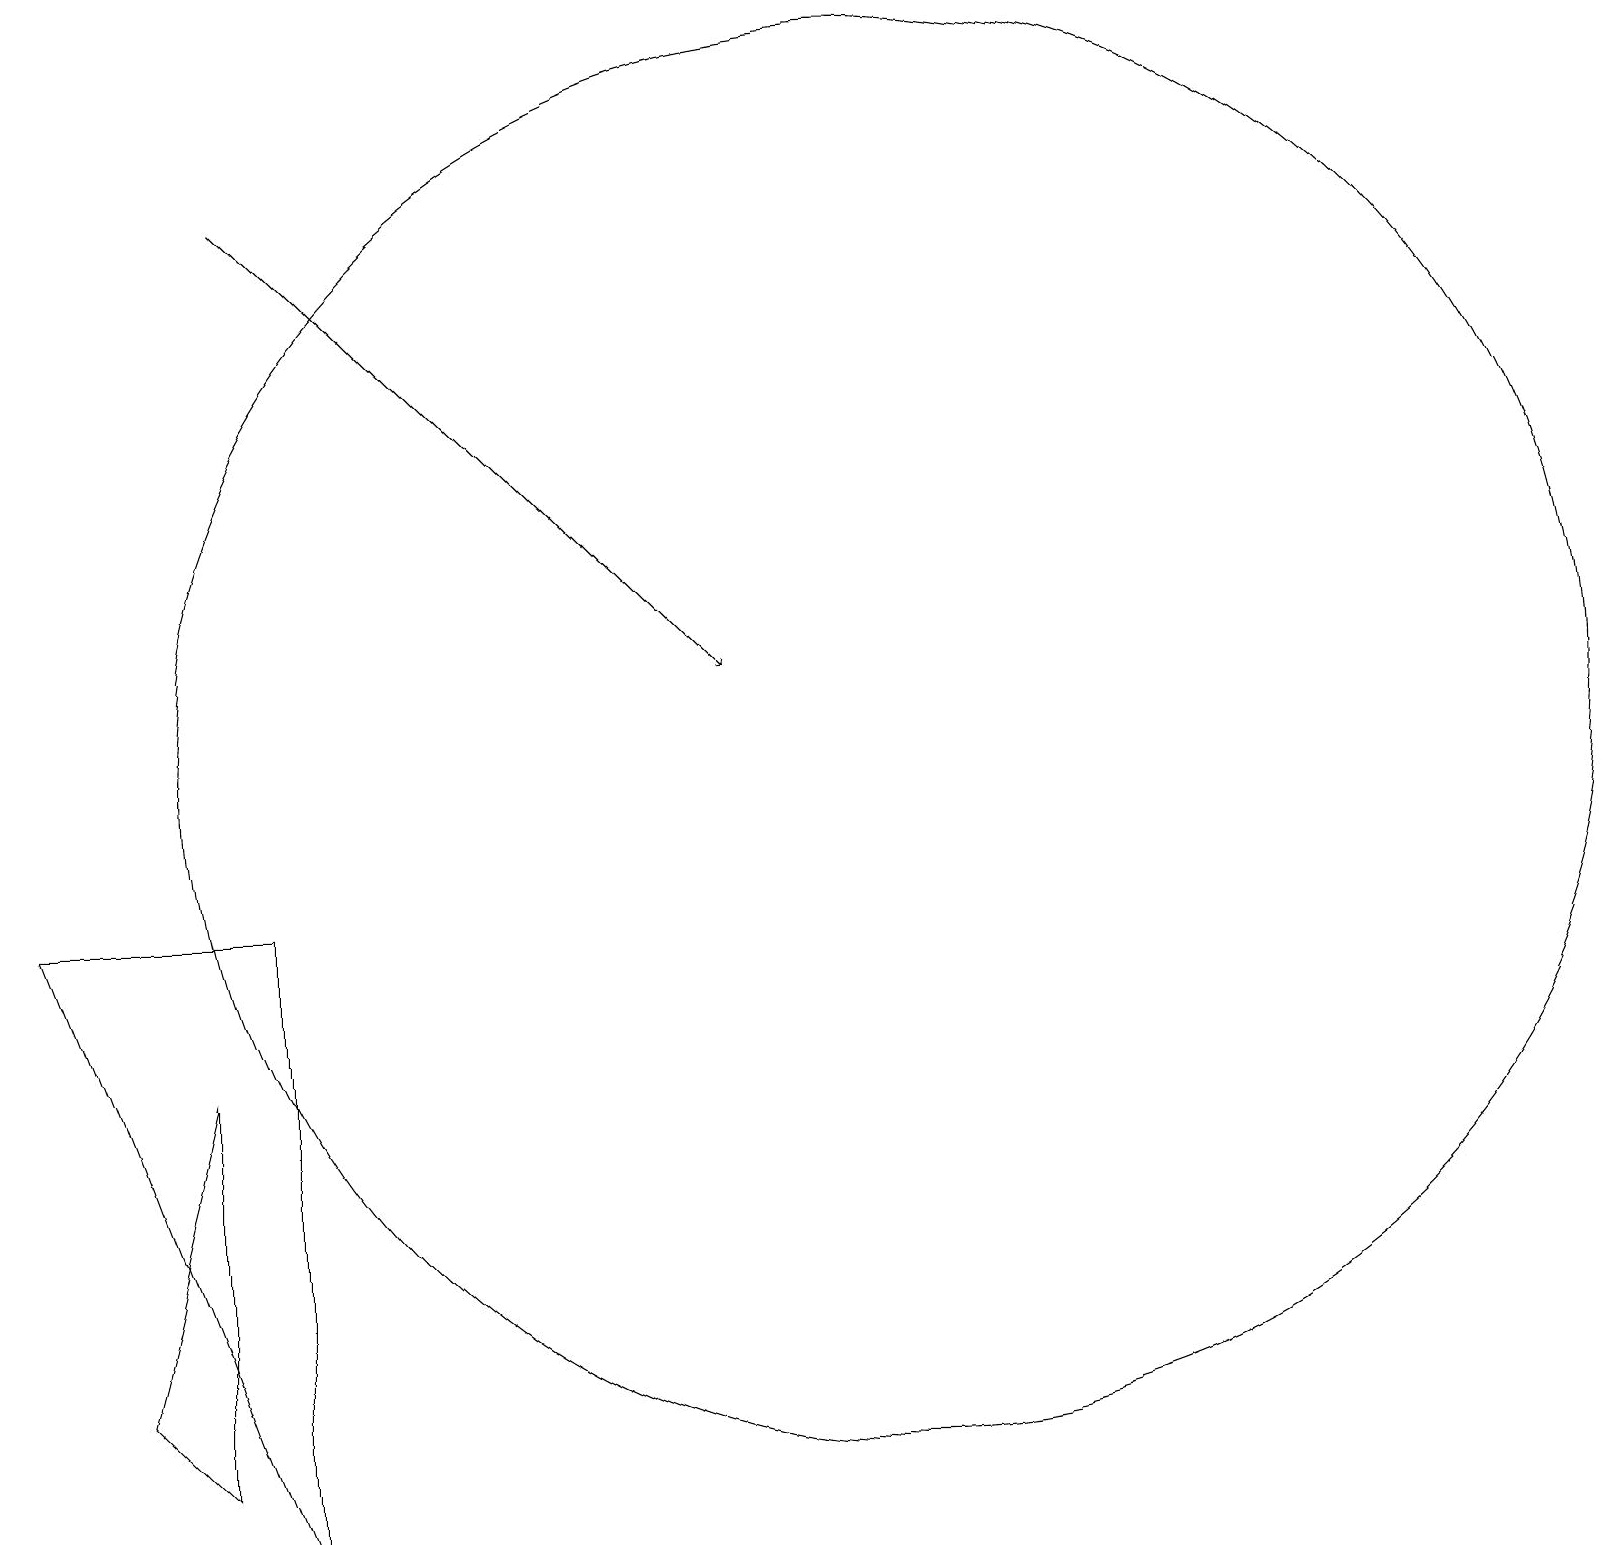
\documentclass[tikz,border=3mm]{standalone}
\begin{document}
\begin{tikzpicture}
\draw (3,9) -- (3,1) -- (0,9) -- cycle;
\draw (2,2) -- (2,7) -- (1,3) -- cycle;
\draw (11,11) circle (9);
\draw[->] (3,18) -- (9,12);
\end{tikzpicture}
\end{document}